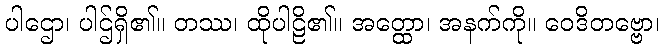
ပါဌော၊ ပါဌ်ရှိ၏။ တဿ၊ ထိုပါဠိ၏။ အတ္ထော၊ အနက်ကို။ ဝေဒိတဗ္ဗော၊